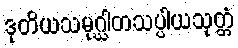
ဒုတိယသမုဂ္ဃါတသပ္ပါယသုတ္တံ